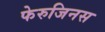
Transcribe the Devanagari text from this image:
फेरुजिनस